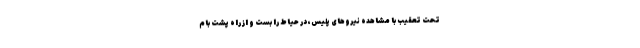
تحت تعقیب با مشاهده نیروهای پلیس، در حیاط را بست و از راه پشت بام